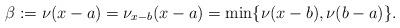
LaTeX: \begin{align*}\beta:=\nu(x-a)=\nu_{x-b}(x-a)=\min\{\nu(x-b),\nu(b-a)\}.\end{align*}